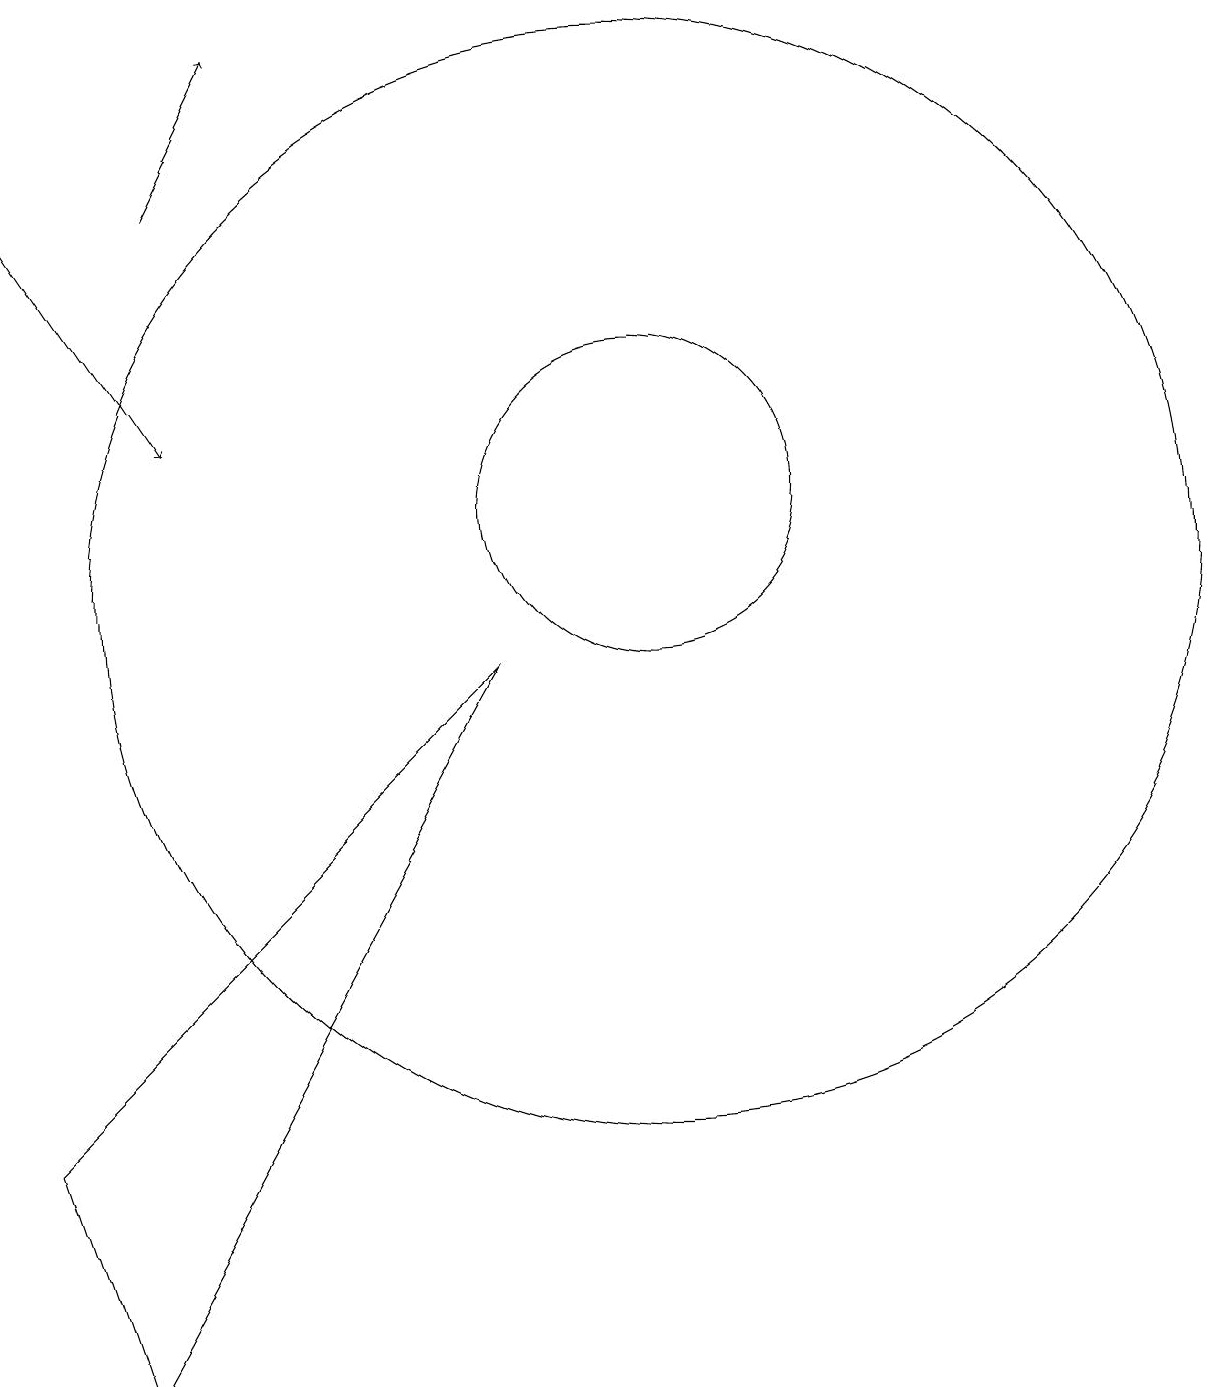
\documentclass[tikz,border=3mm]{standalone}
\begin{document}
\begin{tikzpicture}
\draw[->] (4,15) -- (5,17);
\draw (2,3) -- (3,0) -- (8,9) -- cycle;
\draw (10,10) circle (7);
\draw[->] (2,15) -- (4,12);
\draw (10,11) circle (2);
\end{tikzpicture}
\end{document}